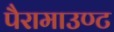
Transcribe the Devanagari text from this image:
पैरामाउण्ट